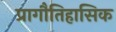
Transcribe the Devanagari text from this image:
प्रागौतिहासिक